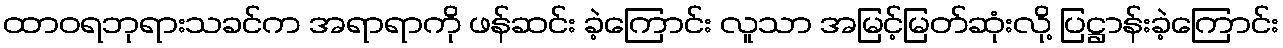
ထာဝရဘုရားသခင်က အရာရာကို ဖန်ဆင်း ခဲ့ကြောင်း လူသာ အမြင့်မြတ်ဆုံးလို့ ပြဋ္ဌာန်းခဲ့ကြောင်း